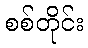
စစ်တိုင်း